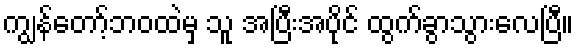
ကျွန်တော့်ဘဝထဲမှ သူ အပြီးအပိုင် ထွက်ခွာသွားလေပြီ။